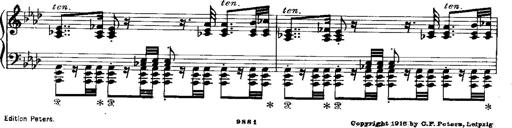
Title: Miserere du Trovatore
Composer: Franz Liszt